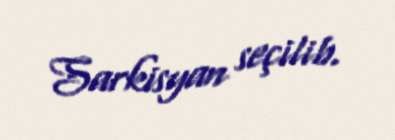
Sarkisyan seçilib.